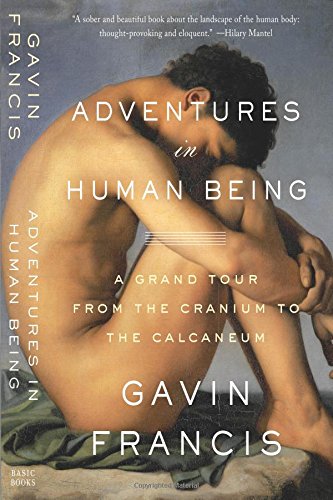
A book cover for Adventures in Human Being: A Grand Tour from the Cranium to the Calcaneum; Gavin Francis; Medical Books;